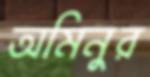
অমিনুর